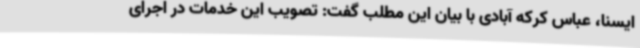
ایسنا، عباس کرکه آبادی با بیان این مطلب گفت: تصویب این خدمات در اجرای